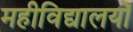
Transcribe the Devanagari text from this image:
महीविद्यालयों